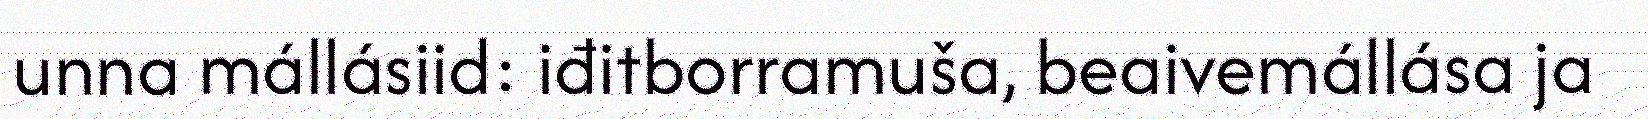
unna mállásiid: iđitborramuša, beaivemállása ja